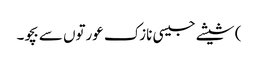
) شیشے جیسی نازک عورتوں سے بچو۔